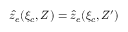
\hat { z } _ { e } ( \xi _ { c } , Z ) = \hat { z } _ { e } ( \xi _ { c } , Z ^ { \prime } )